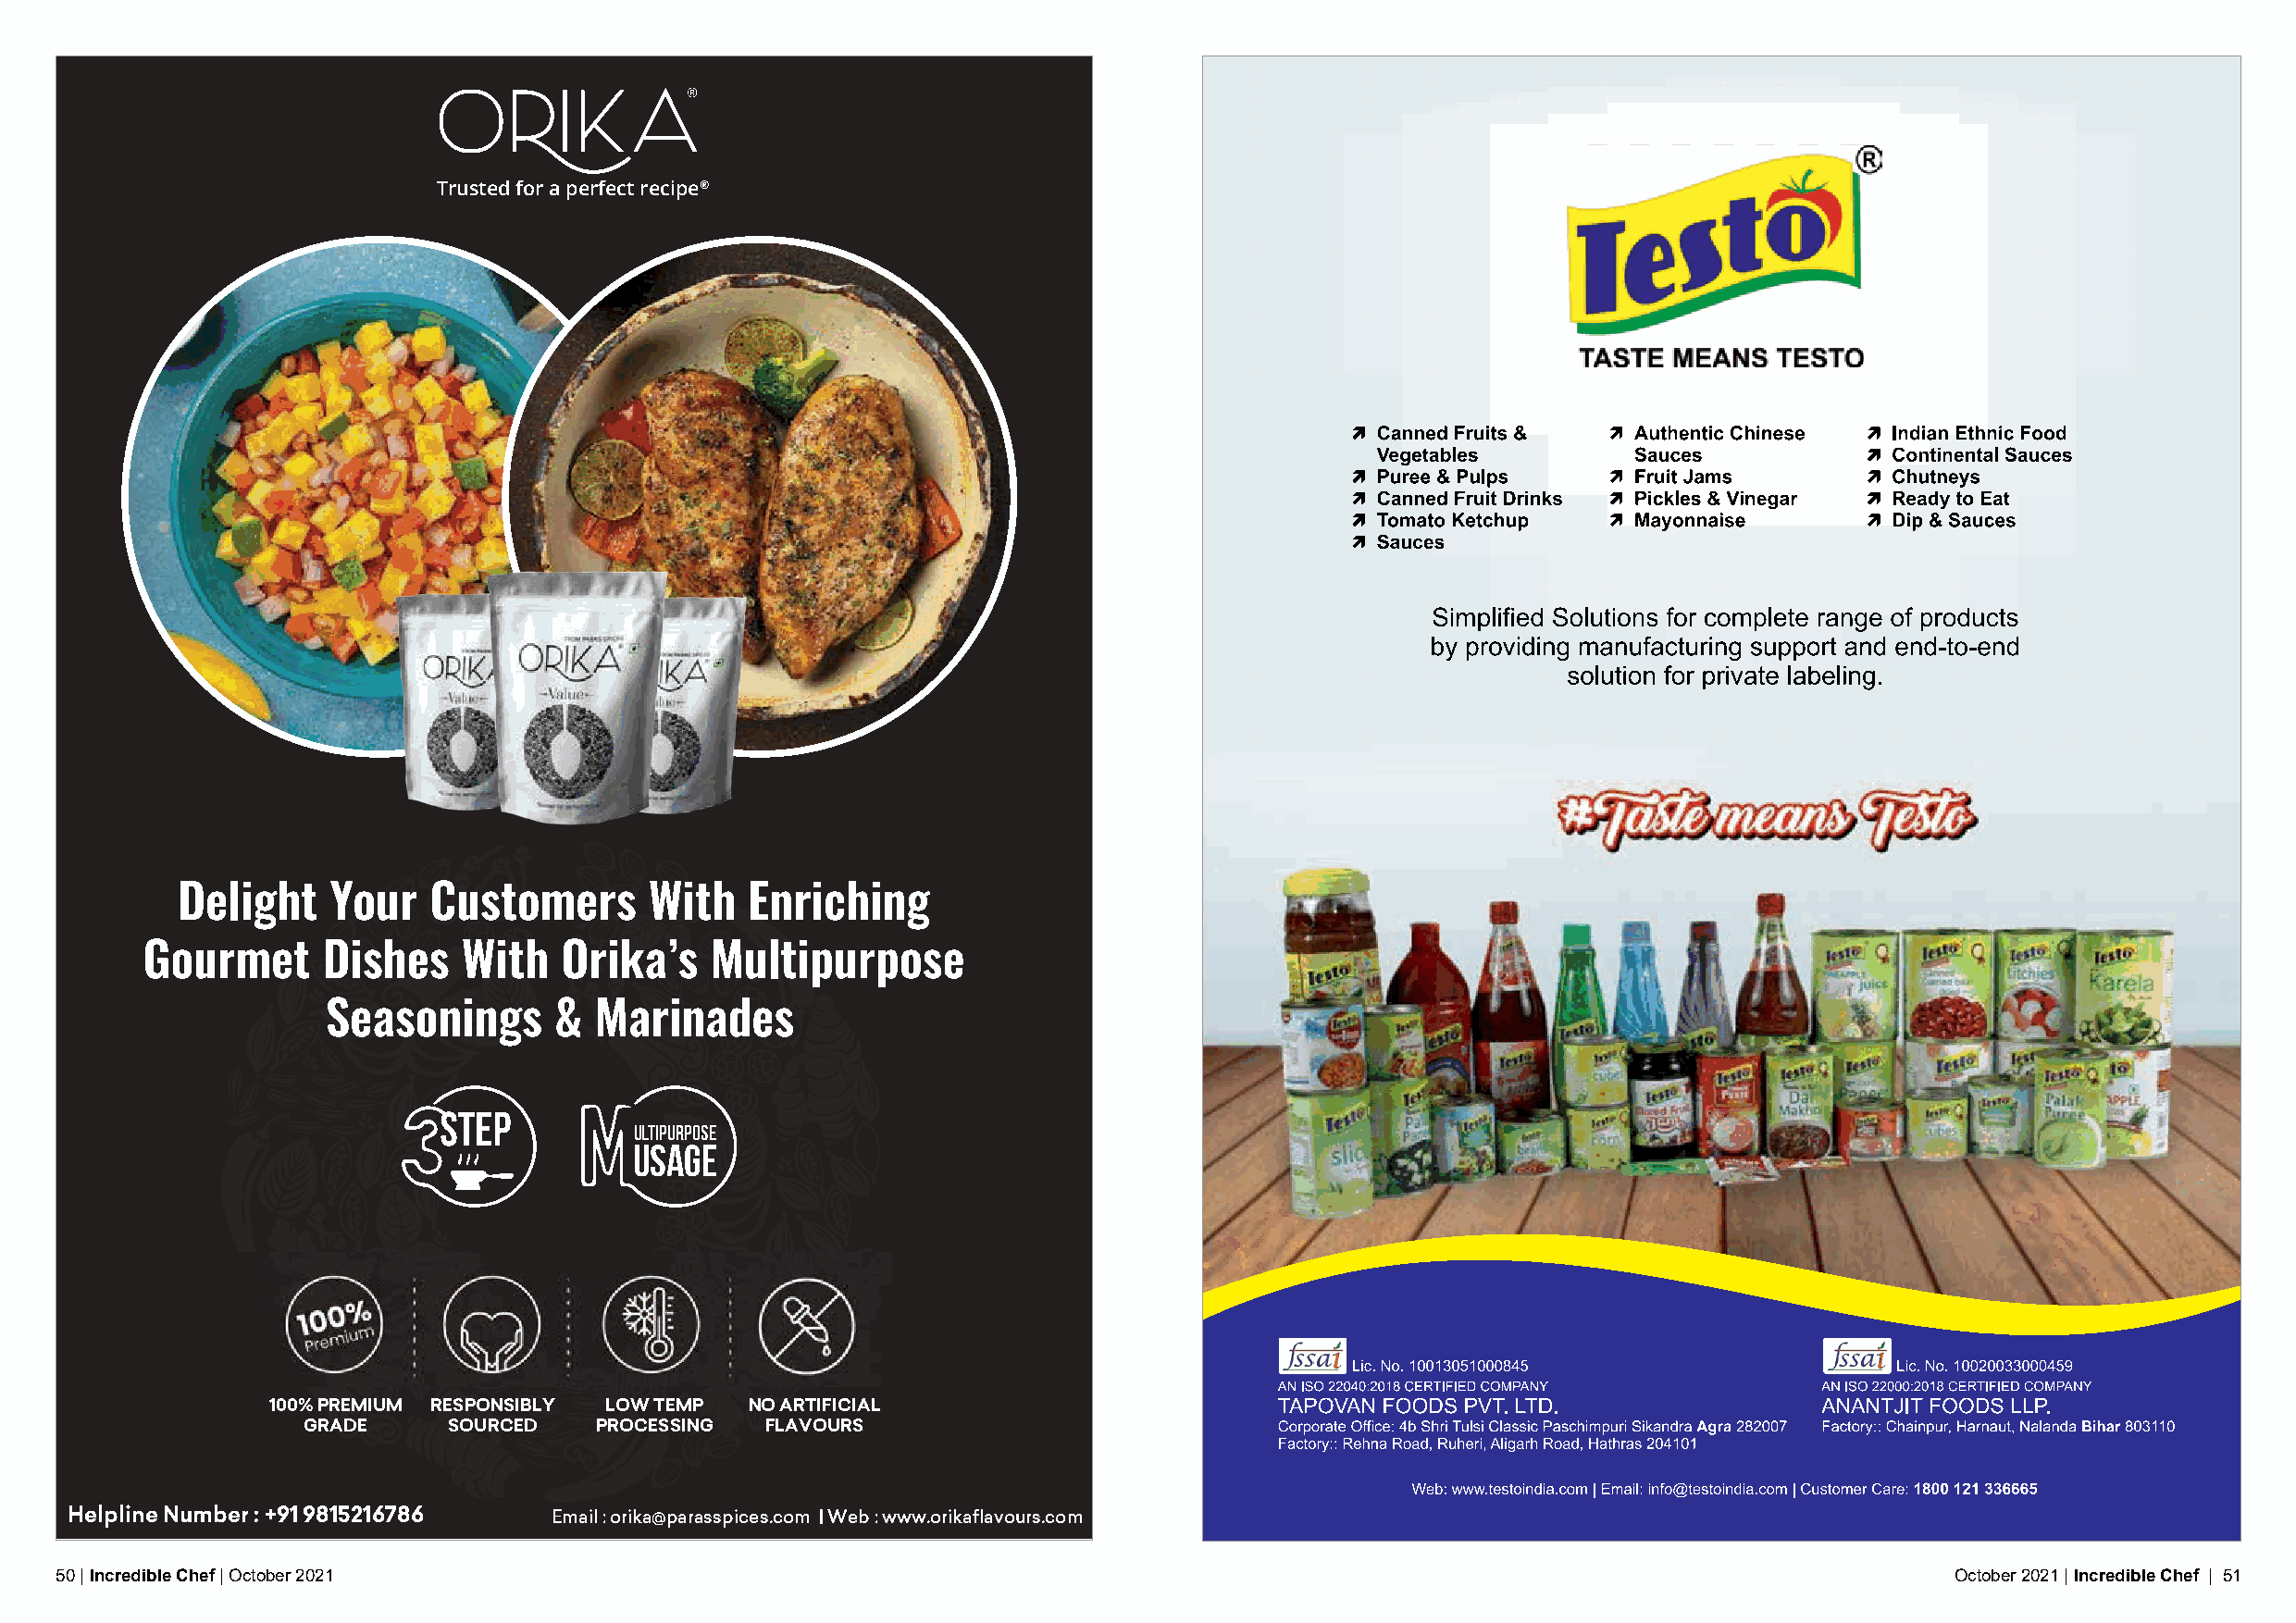
Trusted for a perfect recipe®
 Delight    Your   Customers      With   Enriching
 Gourmet      Dishes    With   Orika’s    Multipurpose
 Seasonings       &  Marinades
 STEP
 ULTIPURPOSE
 USAGE
 %
 1 0 0
 Premium
 100% PREMIUM RESPONSIBLY LOW TEMP  NO ARTIFICIAL
 GRADE     SOURCED    PROCESSING  FLAVOURS
 Helpline Number : +91 9815216786  Email : orika@parasspices.com | Web : www.orikaflavours.com
 50 | Incredible Chef | October 2021                                                                                                     October 2021 | Incredible Chef | 51